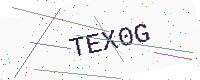
Text: TEX0G